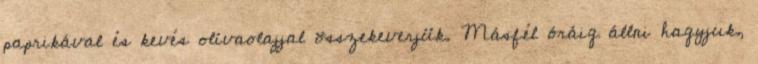
paprikával és kevés olívaolajjal összekeverjük. Másfél óráig állni hagyjuk,